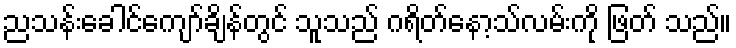
ညသန်းခေါင်ကျော်ချိန်တွင် သူသည် ဂရိတ်နော့သ်လမ်းကို ဖြတ် သည်။